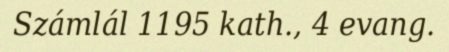
Számlál 1195 kath., 4 evang.